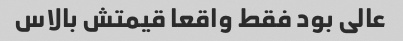
عالی بود فقط واقعا قیمتش بالاس